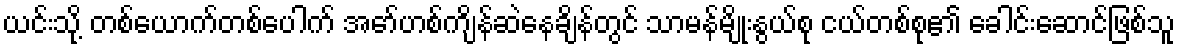
ယင်းသို့ တစ်ယောက်တစ်ပေါက် အော်ဟစ်ကျိန်ဆဲနေချိန်တွင် သာမန်မျိုးနွယ်စု ငယ်တစ်စု၏ ခေါင်းဆောင်ဖြစ်သူ